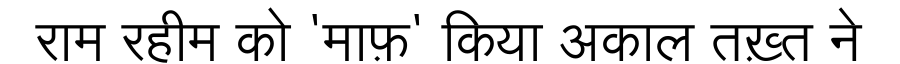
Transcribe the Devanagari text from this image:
राम रहीम को 'माफ़' किया अकाल तख़्त ने